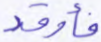
فأوقد